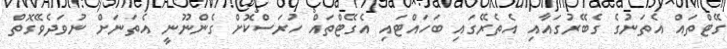
ގޭޓްތައް އެތަނުގެ ގެބޭރުގައާއި އެތެރޭގައި ބަހައްޓައި އެގޭޓްތައް ހުރަސްކޮށް ގެންނޫނީ އެތަނަށް ނުވަދެވޭގޮތް